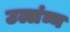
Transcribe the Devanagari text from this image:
उल्लंघ्न